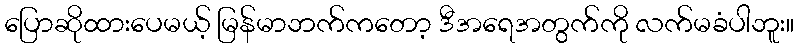
ပြောဆိုထားပေမယ့် မြန်မာဘက်ကတော့ ဒီအရေအတွက်ကို လက်မခံပါဘူး။